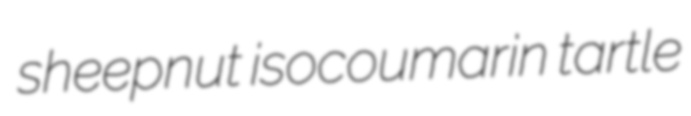
sheepnut isocoumarin tartle